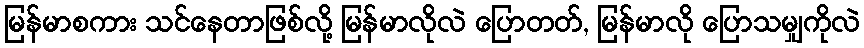
မြန်မာစကား သင်နေတာဖြစ်လို့ မြန်မာလိုလဲ ပြောတတ်, မြန်မာလို ပြောသမျှကိုလဲ